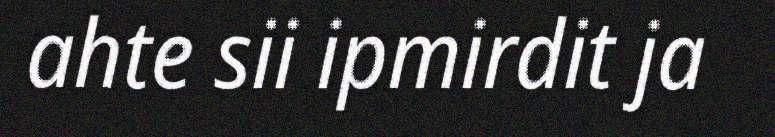
ahte sii ipmirdit ja